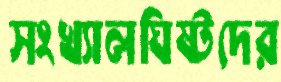
সংখ্যালঘিষ্টদের